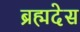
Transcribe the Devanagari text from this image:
ब्रह्मदेस